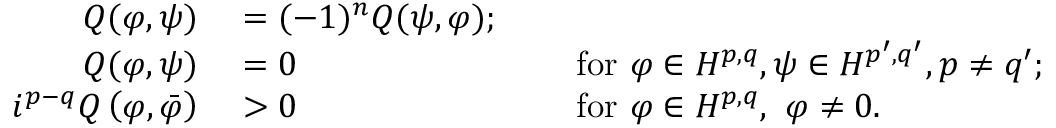
\begin{array} { r l r l } { Q ( \varphi , \psi ) } & { { } = ( - 1 ) ^ { n } Q ( \psi , \varphi ) ; } \\ { Q ( \varphi , \psi ) } & { { } = 0 } & { } & { { } { \mathrm { ~ f o r ~ } } \varphi \in H ^ { p , q } , \psi \in H ^ { p ^ { \prime } , q ^ { \prime } } , p \neq q ^ { \prime } ; } \\ { i ^ { p - q } Q \left( \varphi , { \bar { \varphi } } \right) } & { { } > 0 } & { } & { { } { \mathrm { ~ f o r ~ } } \varphi \in H ^ { p , q } , \ \varphi \neq 0 . } \end{array}